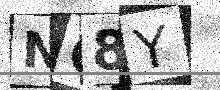
Text: NQ8Y